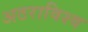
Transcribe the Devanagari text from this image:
अठराविश्व